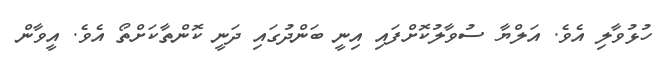
ހުޅުވާލި އެވެ. އަލްޔާ ސުވާލުކޮށްފައި އިނީ ބަންދުގައި ދަނީ ކޮންތާކަށްތޯ އެވެ. އީވާން